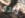
إبادة